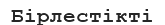
Бірлестікті